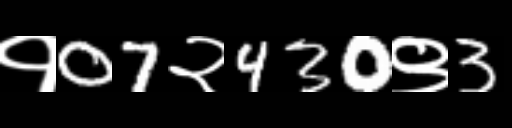
Text: १07२430९3